Annual report of the Punjab Veterinary College and of the Civil Veterinary Department, Punjab - 1920-1925
Year: 1920
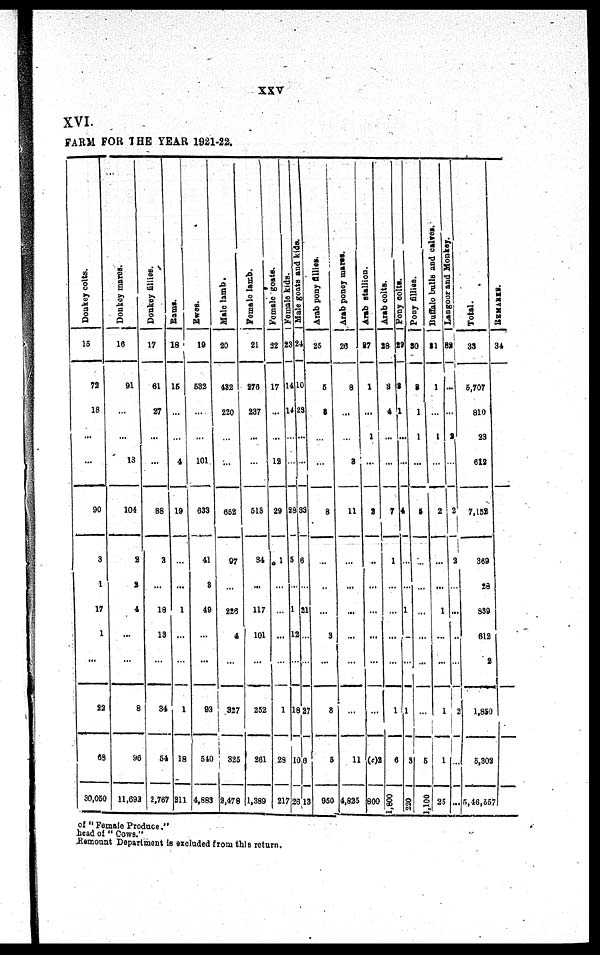
xxv
XVI.
FARM F O R T H E YEAR 1921-22.
Donkey colts.
15
72
18
...
...
90
3
1
17
1
...
22
68
30, 050
Donkey mares.
16
91
...
...
13
104
2
2
4
...
...
8
96
11, 692
Donkey fillies.
17
61
27
...
...
88
3
...
18
13
...
34
54
2, 767
Rams.
18
15
...
...
4
19
...
...
1
...
...
1
18
311
Ewes.
19
532
...
...
101
638
41
8
49
...
...
93
540
4, 883
Male lamb.
20
432
220
...
...
652
97
...
226
4
...
327
325
2, 478
Female lamb.
21
276
237
...
...
518
34
...
117
101
...
252
261
1, 389
Female goats.
22
17
...
... ...
12
29
1
...
...
...
...
1
28
217
Female ki ds .
23
14
14
...
28
5
...
1
12
...
18
10
26
Male goats and kids.
24
10
23
...
...
33
6
...
21
...
...
27
6
13
Arab pony fillies.
25
5
8
...
...
8
...
...
...
3
...
8
5
950
Arab poney mares.
26
8
...
...
3
11
...
...
...
...
...
...
11
4, 825
Arab stallion.
27
1
...
1
...
2
..
...
...
...
...
...
(c)3
800
Arab colts.
28
3
4
...
...
7
1
...
...
...
...
1
6
1,800
Po n y colts.
29
3
1
...
...
4
...
...
1
...
...
1
8
220
Po n y fillies.
30
8
1
1
...
5
...
...
...
...
...
...
5
1,100
Buffalo bulls and calves
31
1
...
1
...
2
...
...
1
...
...
1
1
25
La n g o o r and Monkey.
32
...
...
2
...
2
2
...
...
...
...
2
...
...
Total.
33
5, 707
810
23
612
7, 158
369
28
839
612
2
1, 850
5, 308
5, 46, 557
REMARKS.
34
o f " Femal e Produce. "
head o f " Cows. "
Remount Depart ment i s excl uded f r om this return.